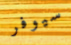
سيوفر